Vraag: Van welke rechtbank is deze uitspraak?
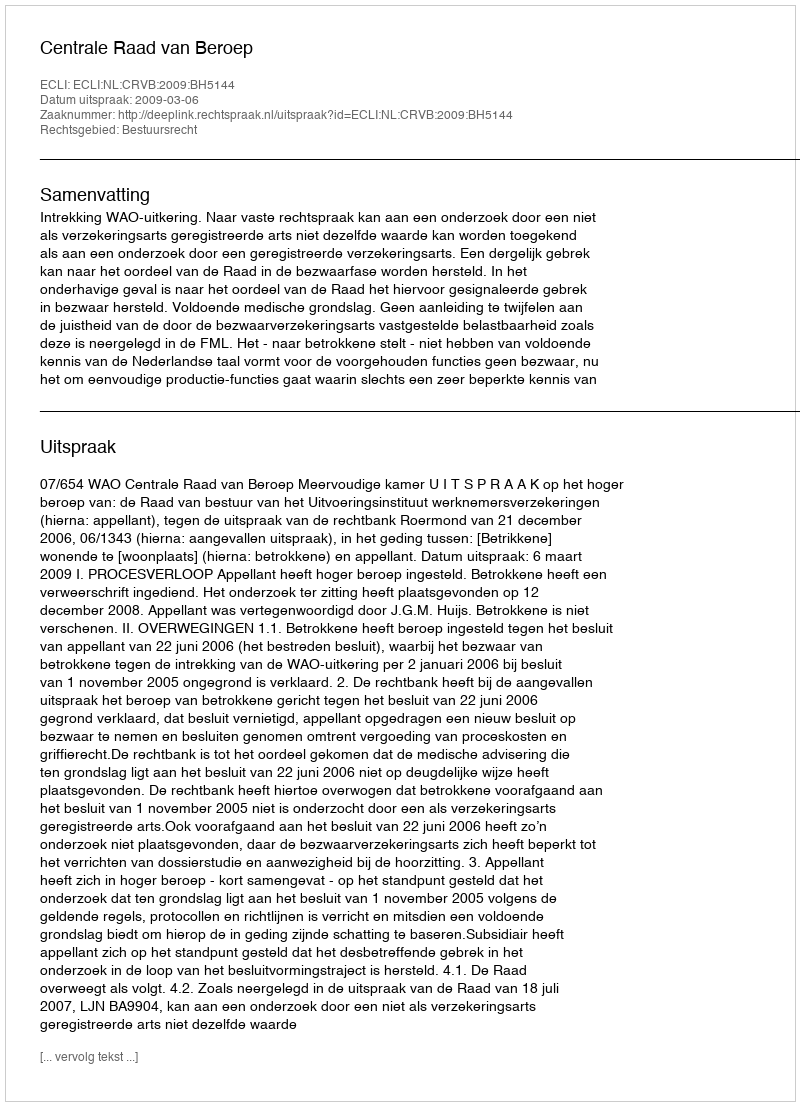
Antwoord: Centrale Raad van Beroep